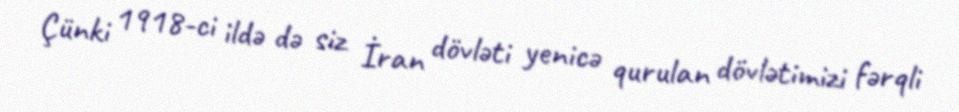
Çünki 1918-ci ildə də siz İran dövləti yenicə qurulan dövlətimizi fərqli